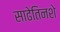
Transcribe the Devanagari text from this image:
साढेतिनशे